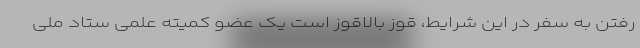
رفتن به سفر در این شرایط، قوز بالاقوز است یک عضو کمیته علمی ستاد ملی